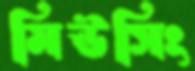
মিউসিং